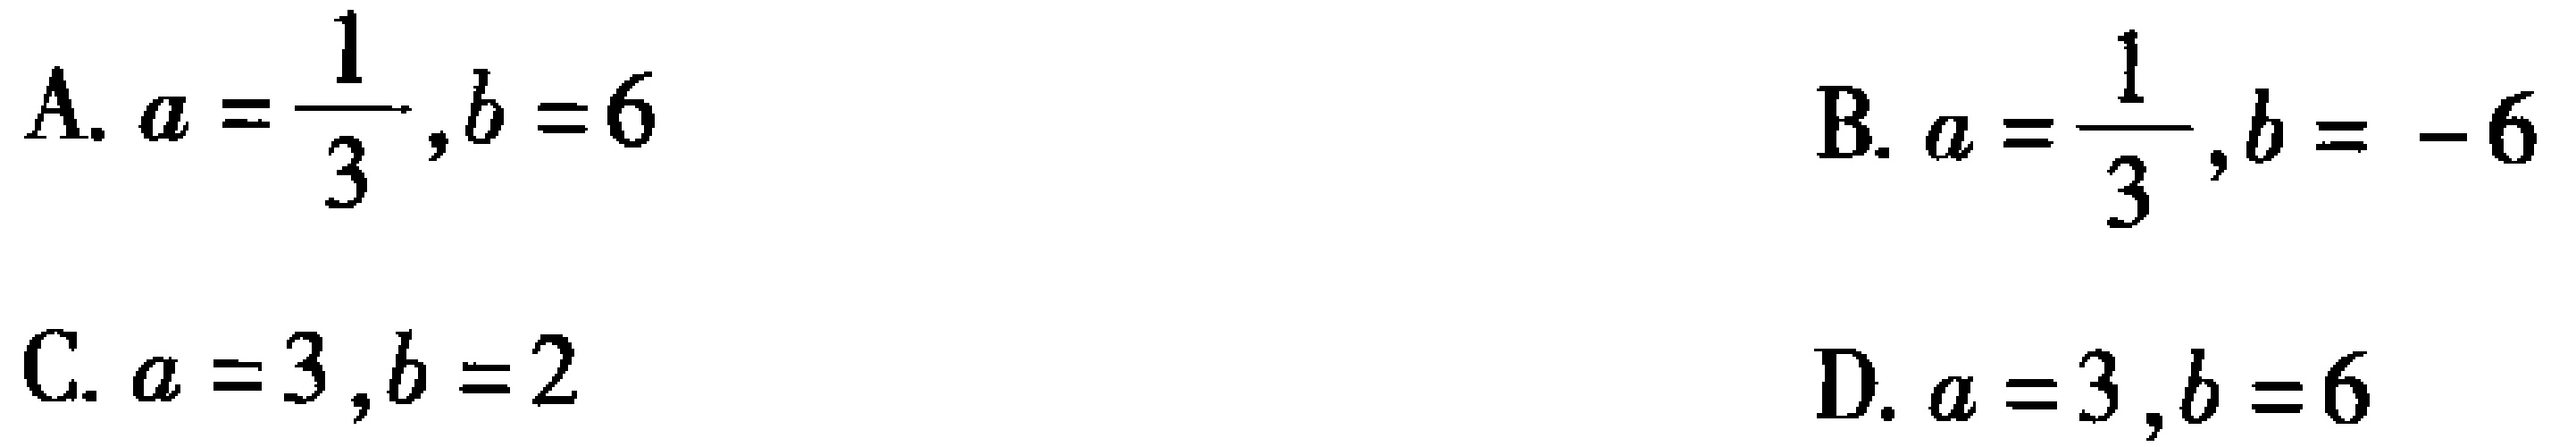
A. \(a = \frac{1}{3},b = 6\)
B. \(a = \frac{1}{3},b = - 6\)
C. \(a = 3,b = 2\)
D. \(a = 3,b = 6\)